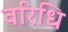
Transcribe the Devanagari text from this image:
वरिधि